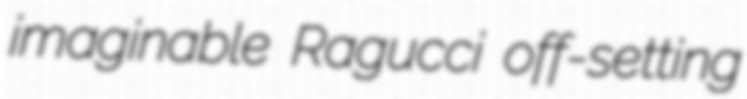
imaginable Ragucci off-setting